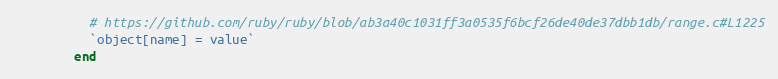
Language: Ruby
          # https://github.com/ruby/ruby/blob/ab3a40c1031ff3a0535f6bcf26de40de37dbb1db/range.c#L1225
          `object[name] = value`
        end